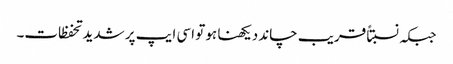
جبکہ نسبتاً قریب چاند دیکھنا ہو تو اسی ایپ پر شدید تحفظات۔